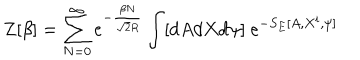
LaTeX: Z [ \beta ] = \sum _ { N = 0 } ^ { \infty } e ^ { - \frac { \beta N } { \sqrt { 2 } R } } \int [ d A d X d \psi ] ~ e ^ { - S _ { E } [ A , X ^ { i } , \psi ] }